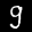
Label: 9